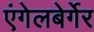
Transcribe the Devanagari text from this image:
एंगेलबेर्गेर